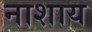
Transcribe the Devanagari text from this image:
नाशाय